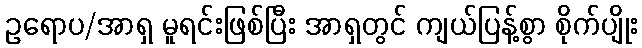
ဥရောပ/အာရှ မူရင်းဖြစ်ပြီး အာရှတွင် ကျယ်ပြန့်စွာ စိုက်ပျိုး